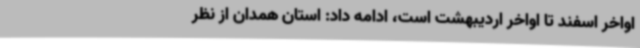
اواخر اسفند تا اواخر اردیبهشت است، ادامه داد: استان همدان از نظر